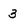
Character: 3